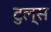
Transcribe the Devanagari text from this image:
टुल्स